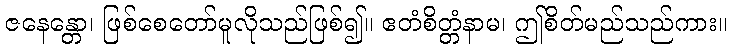
ဇနေန္တော၊ ဖြစ်စေတော်မူလိုသည်ဖြစ်၍။ ဧတံစိတ္တံနာမ၊ ဤစိတ်မည်သည်ကား။